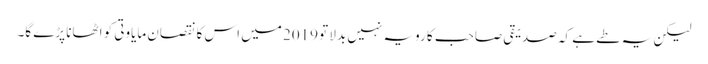
لیکن یہ طے ہے کہ صدیقی صاحب کا رویہ نہیں بدلا تو 2019 میں اس کا نقصان مایاوتی کو اٹھانا پڑے گا۔